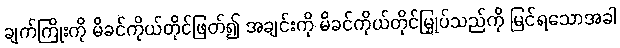
ချက်ကြိုးကို မိခင်ကိုယ်တိုင်ဖြတ်၍ အချင်းကို မိခင်ကိုယ်တိုင်မြှုပ်သည်ကို မြင်ရသောအခါ